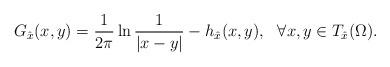
LaTeX: \begin{align*}G_{\hat{x}}(x, y)=\frac{1}{2\pi}\ln\frac{1}{|x-y|}-h_{\hat{x}}(x, y),\ \ \forall x,y\in T_{\hat{x}}(\Omega).\end{align*}